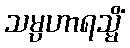
သမ္ပဟာရသ္မိံ